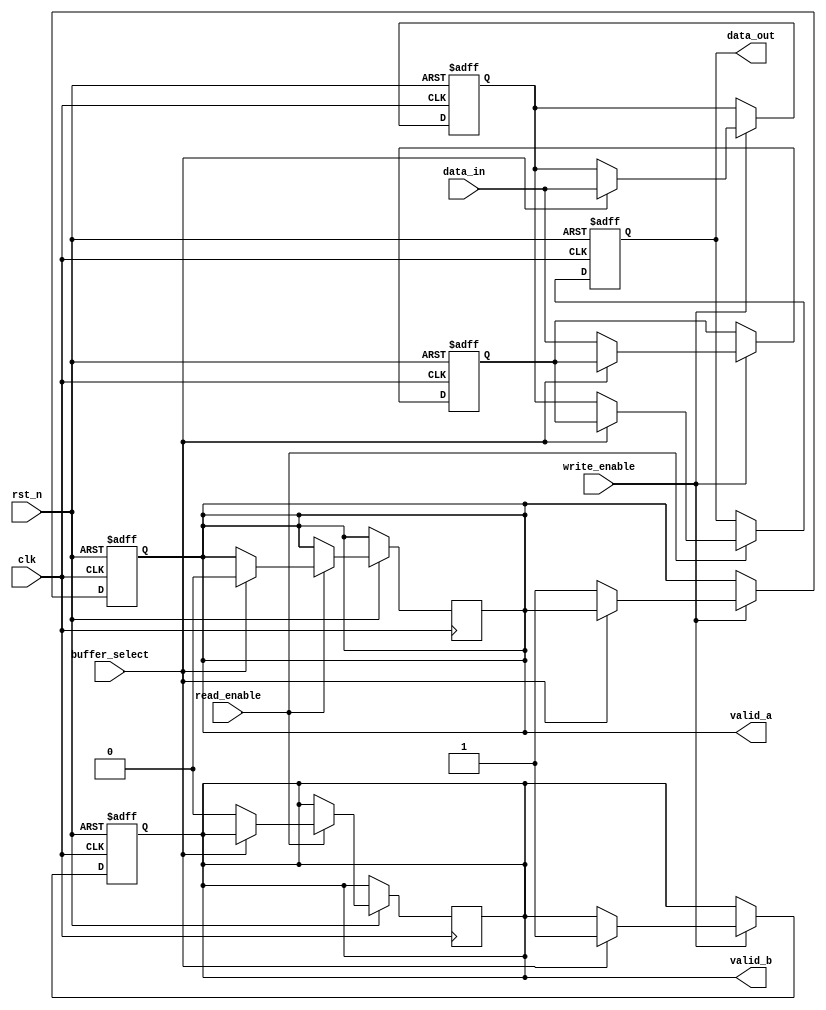
module double_buffer_register #(
    parameter DATA_WIDTH = 32 // Parameter for data width
)(
    input wire clk,                // Clock signal
    input wire rst_n,              // Active low reset
    input wire write_enable,        // Write enable signal
    input wire read_enable,         // Read enable signal
    input wire buffer_select,       // Select which buffer to write to (0 for Buffer A, 1 for Buffer B)
    input wire [DATA_WIDTH-1:0] data_in, // Data input
    output reg [DATA_WIDTH-1:0] data_out, // Data output
    output reg valid_a,            // Valid signal for Buffer A
    output reg valid_b             // Valid signal for Buffer B
);

    // Internal registers for the double buffer
    reg [DATA_WIDTH-1:0] buffer_a;
    reg [DATA_WIDTH-1:0] buffer_b;

    // Sequential logic for writing data to the selected buffer
    always @(posedge clk or negedge rst_n) begin
        if (!rst_n) begin
            buffer_a <= 0;
            buffer_b <= 0;
            valid_a <= 0;
            valid_b <= 0;
        end else begin
            if (write_enable) begin
                if (buffer_select) begin
                    buffer_b <= data_in; // Write to Buffer B
                    valid_b <= 1;        // Mark Buffer B as valid
                end else begin
                    buffer_a <= data_in; // Write to Buffer A
                    valid_a <= 1;        // Mark Buffer A as valid
                end
            end
        end
    end

    // Sequential logic for reading data from the non-active buffer
    always @(posedge clk or negedge rst_n) begin
        if (!rst_n) begin
            data_out <= 0;
        end else begin
            if (read_enable) begin
                if (buffer_select) begin
                    data_out <= buffer_a; // Read from Buffer A
                    valid_a <= 0;         // Clear valid signal for Buffer A
                end else begin
                    data_out <= buffer_b; // Read from Buffer B
                    valid_b <= 0;         // Clear valid signal for Buffer B
                end
            end
        end
    end

endmodule